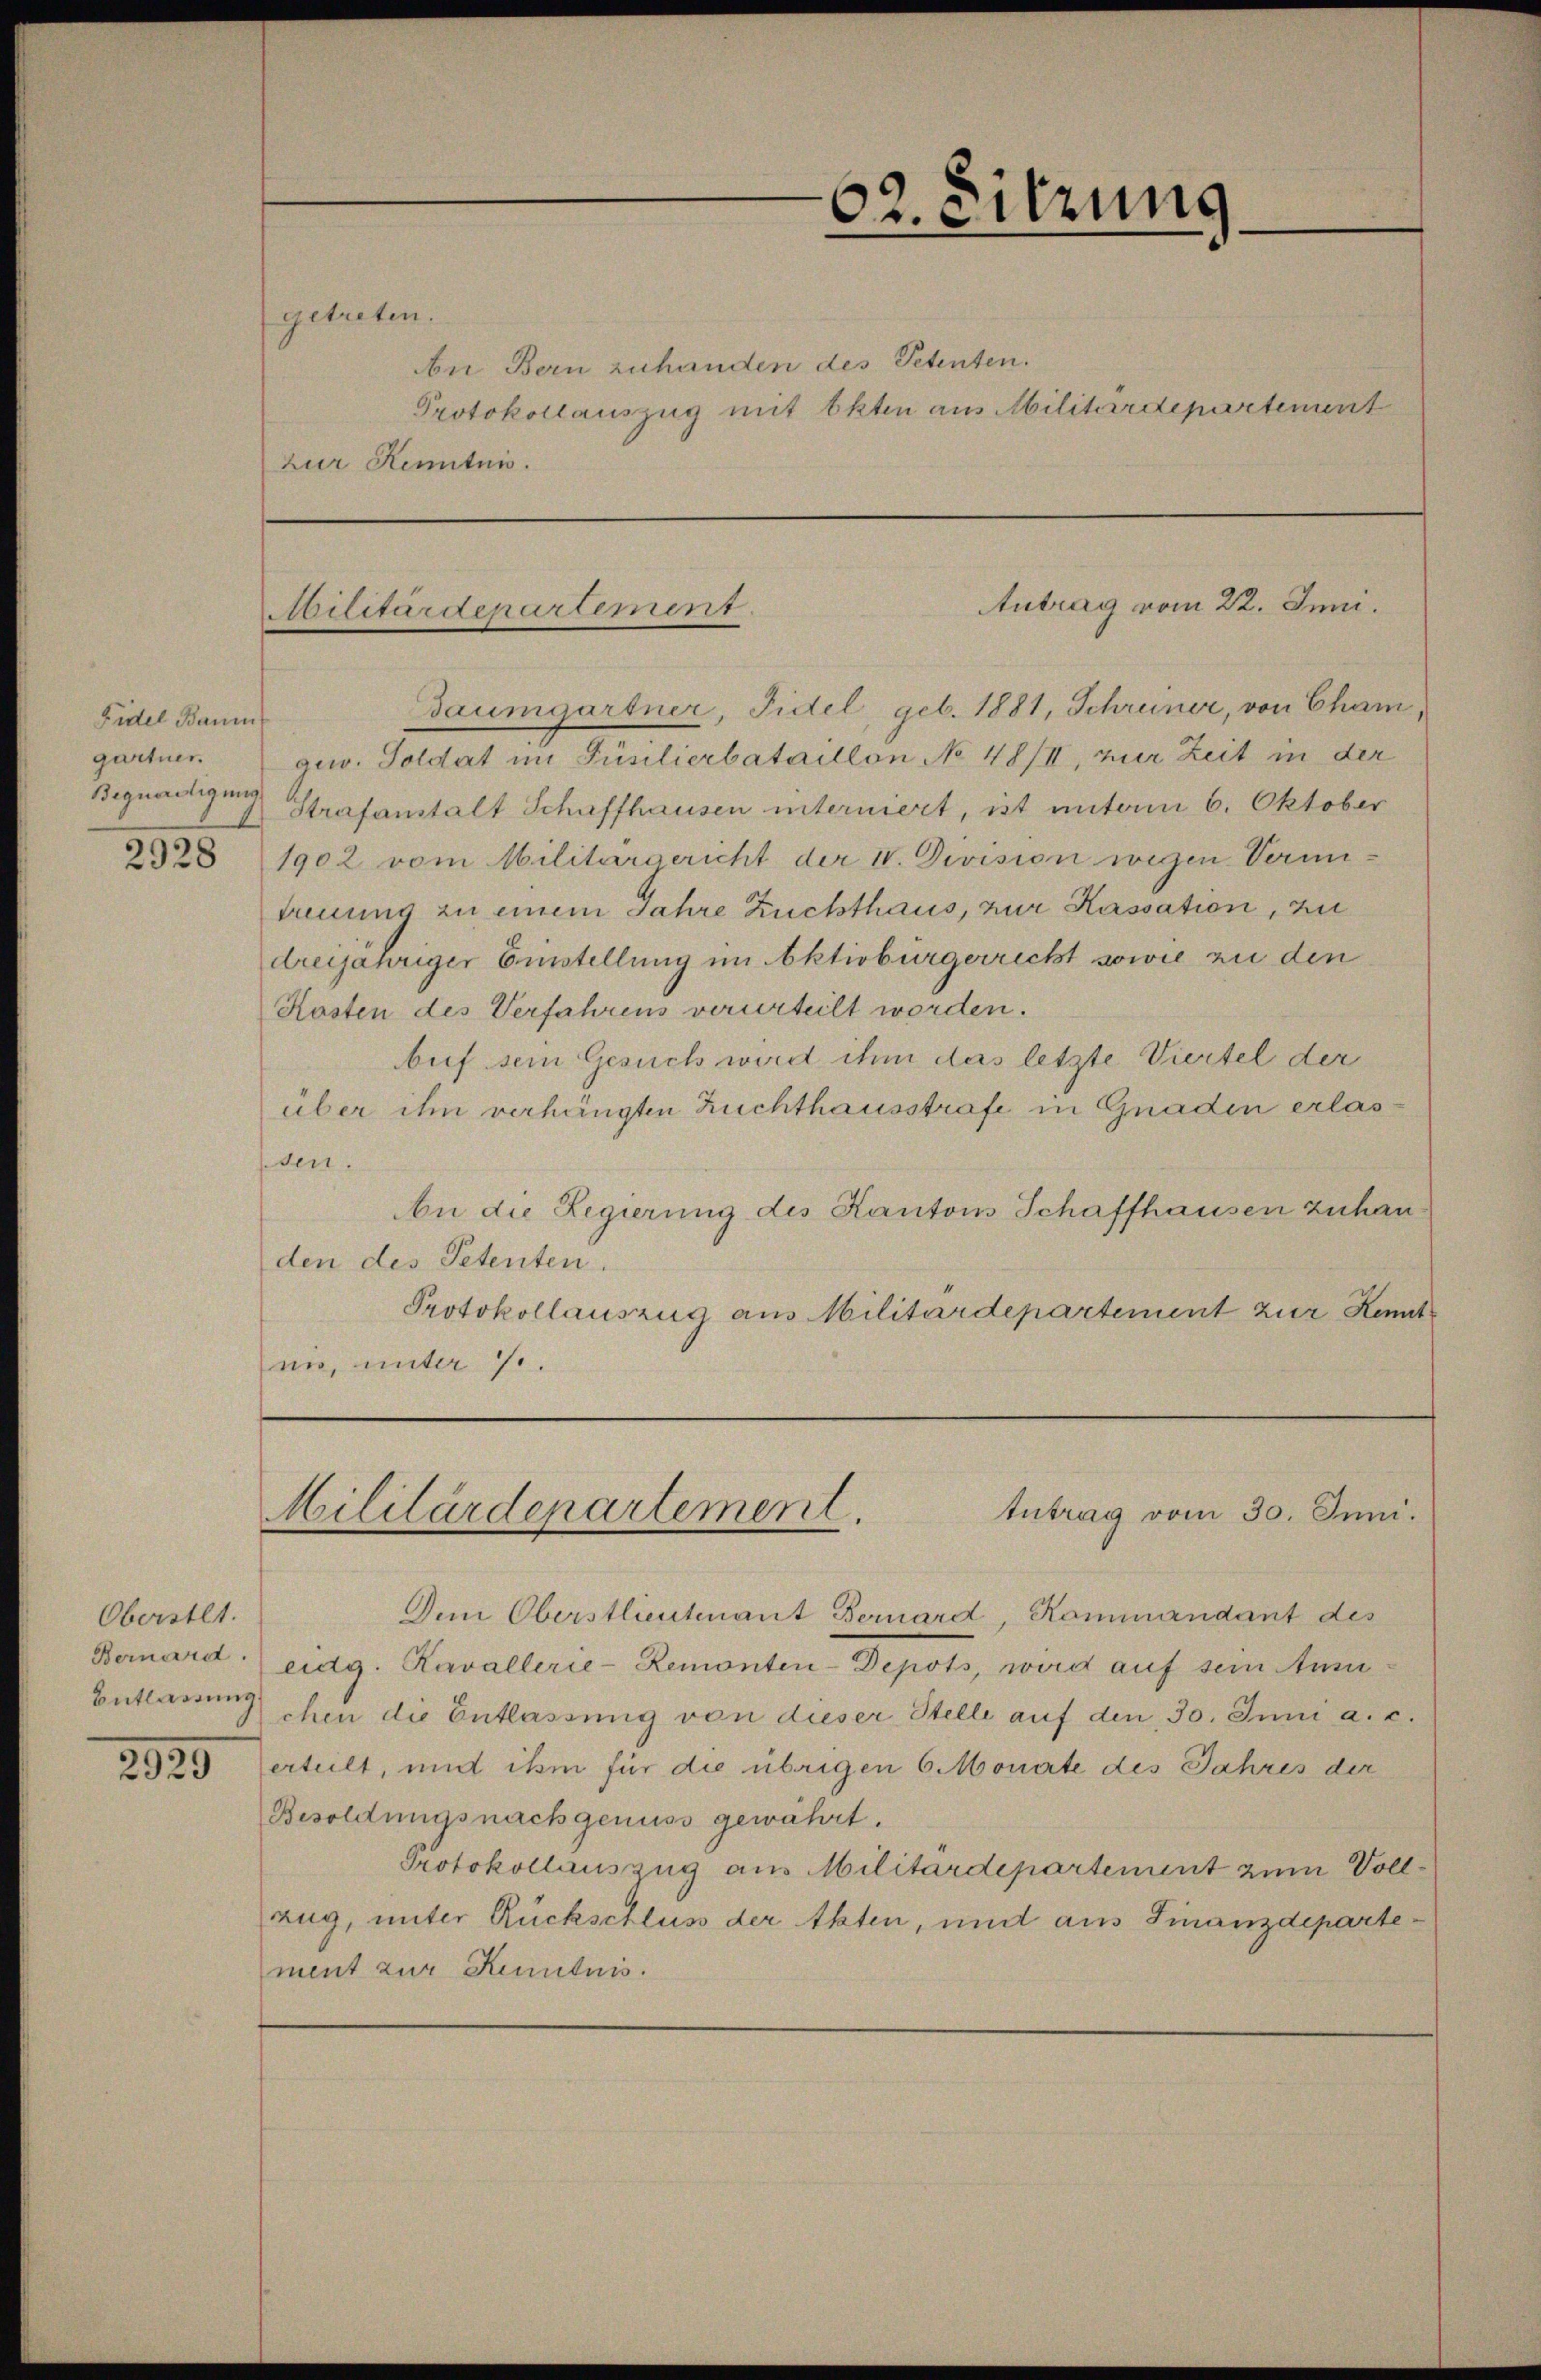
Fidel Baum
gartner
Bequartigung

Oberstet.
Bernard.

2920

getreten.

An Bern zuhanden des Petenten.
Protokollauszug mit Okten aus Militärdepartement
zur Kenntnis.

62. Sitzung

Antrag vom 22. Juni.
Militärdepartement.

Baumgartner, Fidel, geb. 1881, Schreiner, von Cham,
gew. Soldat im Füsilierbataillon No 48/II, zur Zeit in der
Strafanstalt Schaffhausen interniert, ist unterm 6. Oktober
2323 1902 vom Militärgericht der IV. Division wegen Vermitreuung zu einem Jahre Zuchthaus, zur Kassation, zu
dreijähriger Erstellung im Aktivbürgerricht sowie zu den
Kosten des Verfahrens verurteilt worden.
buf sein Gesuch wird ihm das letzte Viertel der
über ihn verhängten Zuchthausstrafe in Gnaden erlasden.
An die Regierung des Kantons Schaffhausen zuhan
den des Petenten.
Protokollauszug aus Militärdepartement zur Kennt
nn, unter ..

tutrag vom 30. Juni.
Militärdepartement.

Den Oberstlieutenant Bernard, Kommandant des
eidg. Kavallerie-Remonten-Depots, wird auf sein Ansu-
Entlassung ihren die Entlassung von dieser Stelle auf den 30. Juni a. c.
erteilt, und ihm für die übrigen 6 Monate des Jahres der
Besoldungsnachgenuss gewährt.
Protokollauszug aus Militärdepartement zum Vollzug, unter Rückschluss der Akten, und aus Finanzdepartement zur Kenntnis.